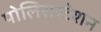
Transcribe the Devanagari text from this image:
पोलिसस्टेशन